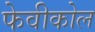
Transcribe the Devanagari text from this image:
फेवीकोल